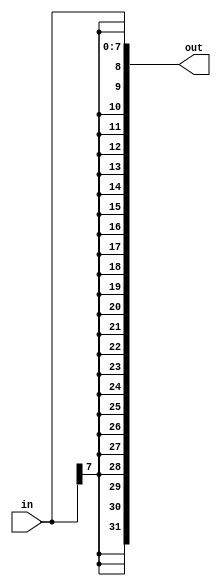
/*
One common place to see a replication operator is when sign-extending a smaller number to a larger one, while preserving its signed value.
This is done by replicating the sign bit (the most significant bit) of the smaller number to the left.
For example, sign-extending 4'b0101 (5) to 8 bits results in 8'b00000101 (5), while sign-extending 4'b1101 (-3) to 8 bits results in 8'b11111101 (-3).

Build a circuit that sign-extends an 8-bit number to 32 bits. 
This requires a concatenation of 24 copies of the sign bit (i.e., replicate bit[7] 24 times) followed by the 8-bit number itself.
*/


module top_module (
    input [7:0] in,
    output [31:0] out );//

    assign out = {{24{in[7]}},in};

endmodule